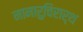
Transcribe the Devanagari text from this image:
नानारुचिरार्थ